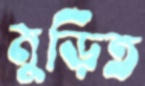
মুড়িত